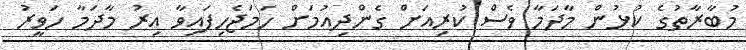
މުބާރާތުގެ ކުޅުން މާދަމާ ވެސް ކުރިއަށް ގެންދިއުމަށް ހަމަޖެހިފައިވާ އިރު މާދަމާ ހަވީރު